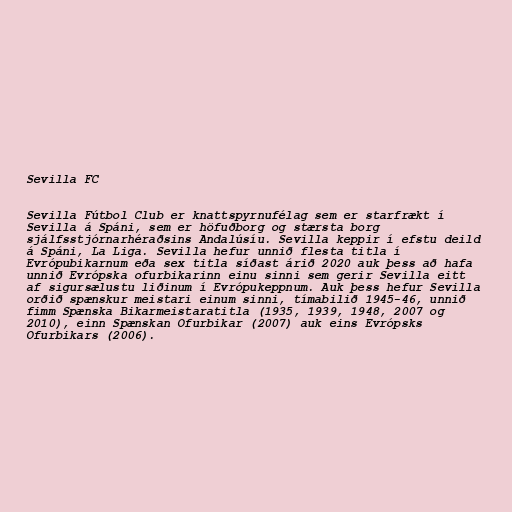
Sevilla FC

Sevilla Fútbol Club er knattspyrnufélag sem er starfrækt í
Sevilla á Spáni, sem er höfuðborg og stærsta borg
sjálfsstjórnarhéraðsins Andalúsíu. Sevilla keppir í efstu deild
á Spáni, La Liga. Sevilla hefur unnið flesta titla í
Evrópubikarnum eða sex titla síðast árið 2020 auk þess að hafa
unnið Evrópska ofurbikarinn einu sinni sem gerir Sevilla eitt
af sigursælustu liðinum í Evrópukeppnum. Auk þess hefur Sevilla
orðið spænskur meistari einum sinni, tímabilið 1945-46, unnið
fimm Spænska Bikarmeistaratitla (1935, 1939, 1948, 2007 og
2010), einn Spænskan Ofurbikar (2007) auk eins Evrópsks
Ofurbikars (2006).